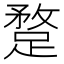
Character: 𨂣